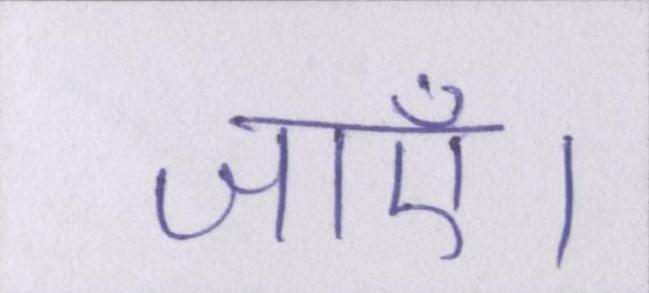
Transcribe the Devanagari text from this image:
जाएँ।